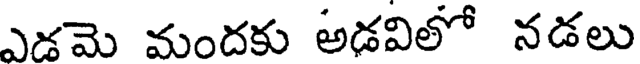
ఎడమె మందకు అడవిలో నడలు